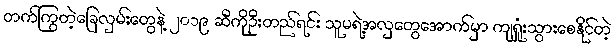
တက်ကြွတဲ့ခြေလှမ်းတွေနဲ့ ၂၀၁၉ ဆီကိုဦးတည်ရင်း သူမရဲ့အလှတွေအောက်မှာ ကျရှုံးသွားစေနိုင်တဲ့